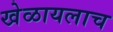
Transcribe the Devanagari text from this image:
खेळायलाच